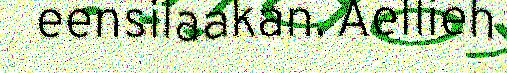
eensilaakan. Aellieh